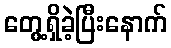
တွေ့ရှိခဲ့ပြီးနောက်